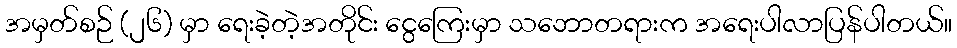
အမှတ်စဉ် (၂၆) မှာ ရေးခဲ့တဲ့အတိုင်း ငွေကြေးမှာ သဘောတရားက အရေးပါလာပြန်ပါတယ်။